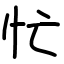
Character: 忙